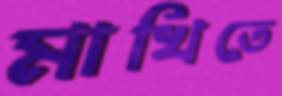
মাখিতে